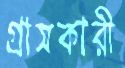
গ্রাসকারী